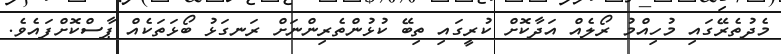
މެދުތެރޭގައި މުހިއްމު ރޯލެއް އަދާކޮށް ކުރީގައި ތިބޭ ކުޅުންތެރިންނަށް ރަނގަޅު ބޯޅަތަކެއް ޕާސްކޮށްފައެވެ.